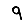
Digit: 9